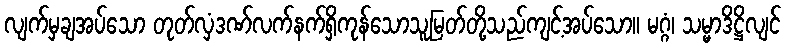
လျက်မှချအပ်သော တုတ်လှံဒဏ်လက်နက်ရှိကုန်သောသူမြတ်တို့သည်ကျင့်အပ်သော။ မဂ္ဂံ၊ သမ္မာဒိဋ္ဌိလျင်